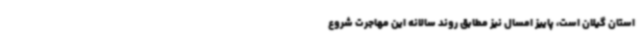
استان گیلان است، پاییز امسال نیز مطابق روند سالانه این مهاجرت شروع‌